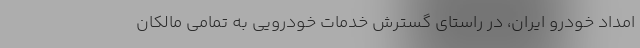
امداد خودرو ایران، در راستای گسترش خدمات خودرویی به تمامی مالکان